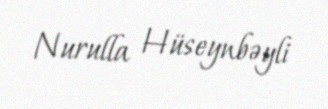
Nurulla Hüseynbəyli